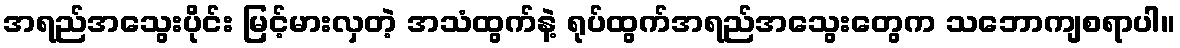
အရည်အသွေးပိုင်း မြင့်မားလှတဲ့ အသံထွက်နဲ့ ရုပ်ထွက်အရည်အသွေးတွေက သဘောကျစရာပါ။